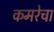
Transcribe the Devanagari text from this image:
कमरेचा